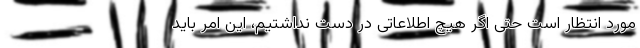
مورد انتظار است حتی اگر هیچ اطلاعاتی در دست نداشتیم، این امر باید